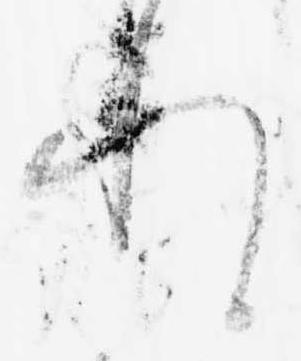
れ